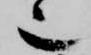
也